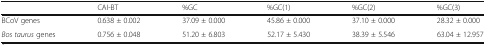
<table><thead><tr><td></td><td><b>CAI-BT</b></td><td><b>%GC</b></td><td><b>%GC(1)</b></td><td><b>%GC(2)</b></td><td><b>%GC(3)</b></td></tr></thead><tbody><tr><td>BCoV genes</td><td>0.638 ± 0.002</td><td>37.09 ± 0.000</td><td>45.86 ± 0.000</td><td>37.10 ± 0.000</td><td>28.32 ± 0.000</td></tr><tr><td><i>Bos taurus</i> genes</td><td>0.756 ± 0.048</td><td>51.20 ± 6.803</td><td>52.17 ± 5.430</td><td>38.39 ± 5.546</td><td>63.04 ± 12.957</td></tr></tbody></table>